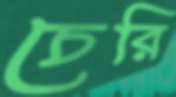
চেরি